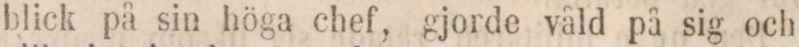
blick på sin höga chef, gjorde våld på sig och